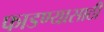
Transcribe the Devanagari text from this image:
फाडण्यासाठी